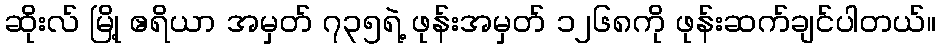
ဆိုးလ် မြို့ ဧရိယာ အမှတ် ၇၃၅ရဲ့ ဖုန်းအမှတ် ၁၂၆၈ကို ဖုန်းဆက်ချင်ပါတယ်။